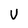
Character: V